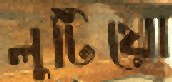
লুটিয়ো